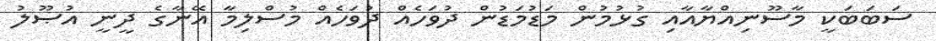
ސަބަބަކީ މާސޫނިއްޔާއާއި ގުޅުމުން މަޑުމަޑުން ދުވަހެއް ދުވަހެއް މުސްލިމާ އޭނާގެ ދީނީ އުޞޫލު